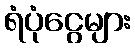
ရံပုံငွေများ